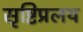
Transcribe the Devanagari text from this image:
सृष्टिप्रलय